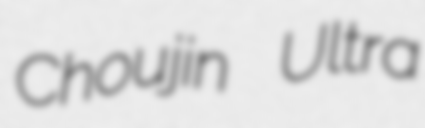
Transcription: Choujin Ultra